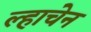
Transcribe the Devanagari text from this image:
ल्हाचेन